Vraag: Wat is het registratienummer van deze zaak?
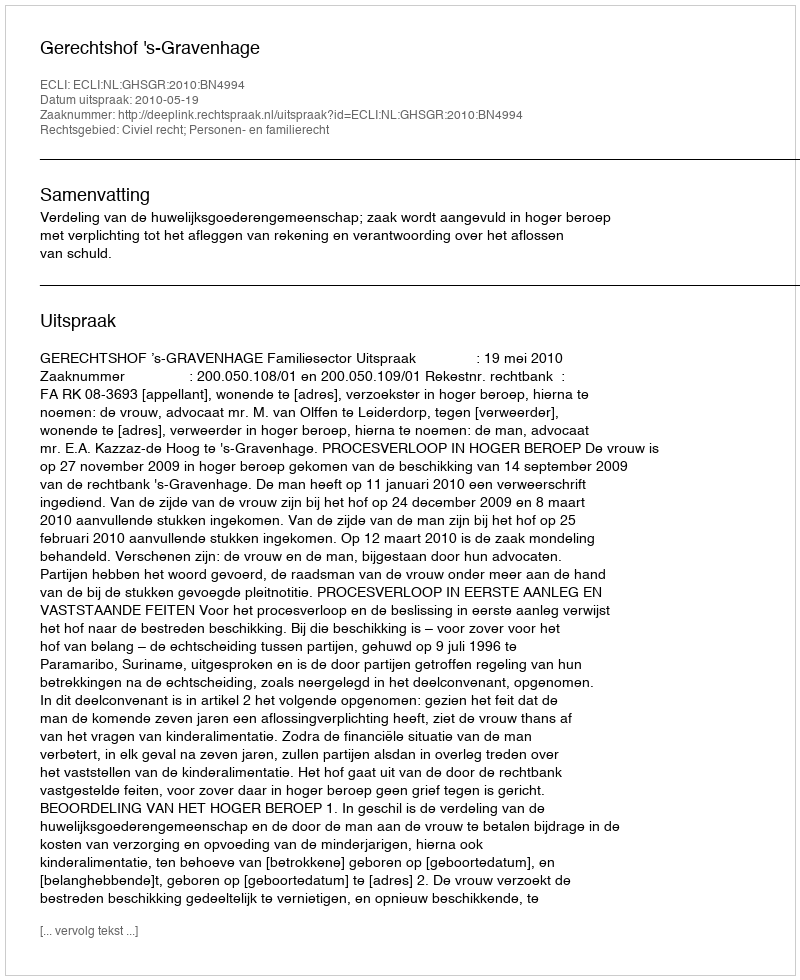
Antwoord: http://deeplink.rechtspraak.nl/uitspraak?id=ECLI:NL:GHSGR:2010:BN4994